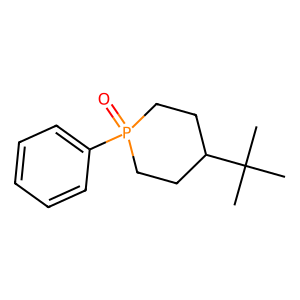
SMILES: CC(C)(C)C1CCP(=O)(c2ccccc2)CC1
Inhibits HIV replication: No